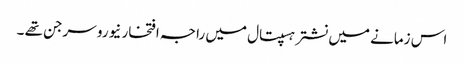
اس زمانے میں نشتر ہسپتال میں راجہ افتخار نیورو سرجن تھے ۔